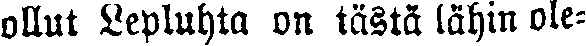
ollut Lepluhta on tästä lähin ole-